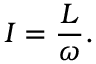
I = { \frac { L } { \omega } } .